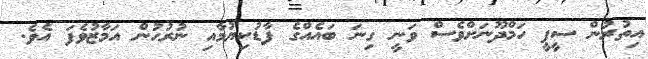
އިތުރުން ސީޕީ ހަމްދޫނަށްވެސް ވަނީ ގިނަ ބައެއްގެ ފާޑުކިޔުމާއި ނުރުހުން އަމާޒުވެފަ އެވެ.